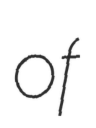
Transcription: of